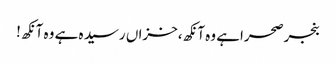
بنجرصحراہے وہ آنکھ،خزاں رسید ہ ہے وہ آنکھ!